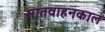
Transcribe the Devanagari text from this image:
सातवाहनकाल